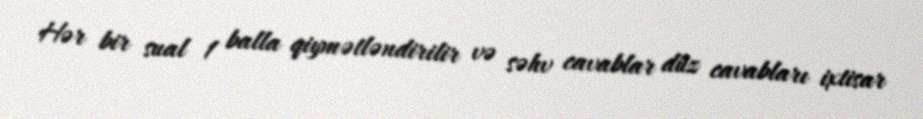
Hər bir sual 1 balla qiymətləndirilir və səhv cavablar düz cavabları ixtisar